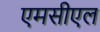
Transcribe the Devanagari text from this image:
एमसीएल